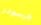
بارسونز